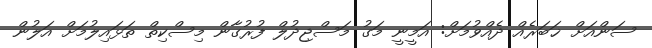
ސަންއަށް ޚަބަރެއް ދެއްވުމަށް: އަމީނީ މަގު މަސްޖިދުލް ފުރުގާން މިސްކިތް ތަޅައިލުމަށް އަލުން